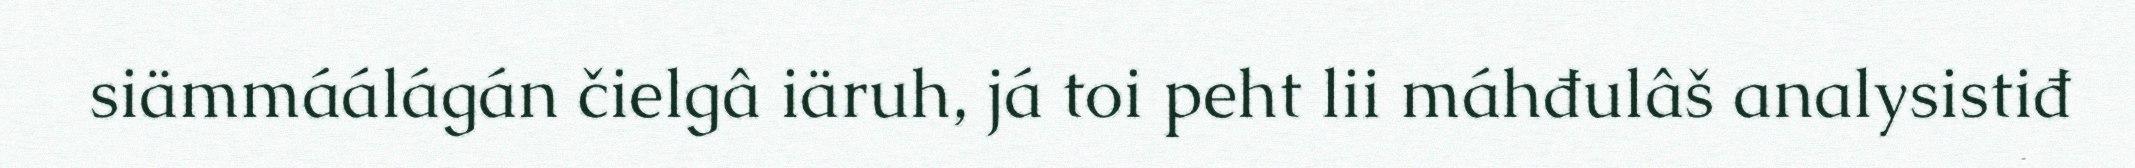
siämmáálágán čielgâ iäruh, já toi peht lii máhđulâš analysistiđ